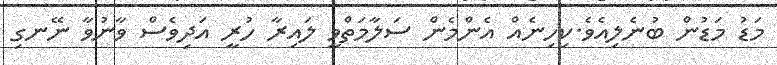
މަޑު މަޑުން ބުނެލިއެވެ.ކިހިނެއް އެންމެން ސަލާމަތްވީ ލައިރާ ހުރީ އަދިވެސް ވާނުވާ ނޭނގި